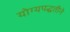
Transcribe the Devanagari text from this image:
योग्यपद्धतीने